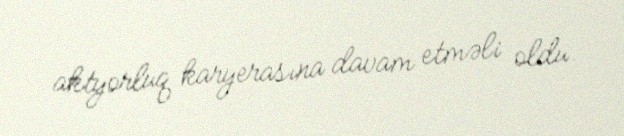
aktyorluq karyerasına davam etməli oldu.